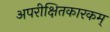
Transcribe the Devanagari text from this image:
अपरीक्षितकारकम्